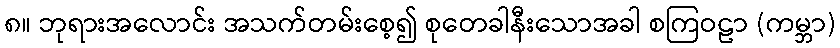
၈။ ဘုရားအလောင်း အသက်တမ်းစေ့၍ စုတေခါနီးသောအခါ စကြဝဠာ (ကမ္ဘာ)